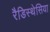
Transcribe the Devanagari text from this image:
रैडिस्थेसिया